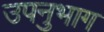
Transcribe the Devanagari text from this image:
उपनुभाग